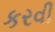
કરવી